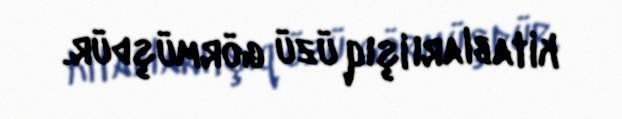
kitabları işıq üzü görmüşdür.